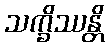
သက္ခိဿန္တိ